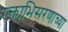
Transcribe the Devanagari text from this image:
रक्ताभिसरणाच्या